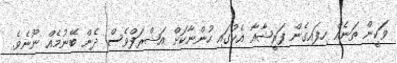
ވަކީން ތަނެއް ހިފައިގެން ފަރީޝާއާ އެކުގައި ހުންނާކަށް އަޝްރަފްވެސް ދެން ބޭނުމެއް ނޫނެވެ.